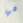
في